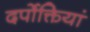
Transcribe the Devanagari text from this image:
दर्पोक्तियां